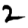
Digit: 2